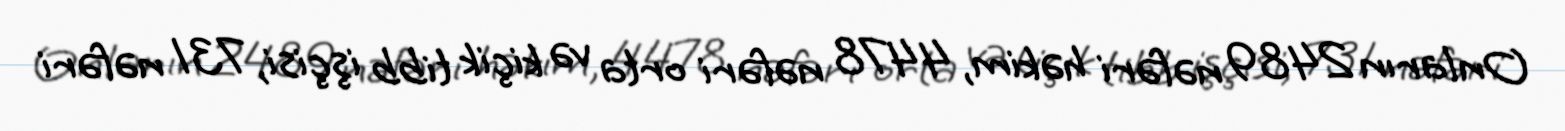
Onların 2489 nəfəri həkim, 4478 nəfəri orta və kiçik tibb işçisi, 731 nəfəri